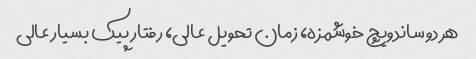
هر دو ساندویچ خوشمزه، زمان تحویل عالی، رفتار پیک بسیار عالی